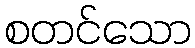
စတင်သော